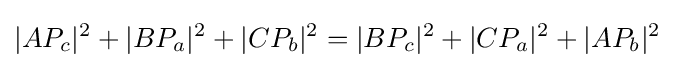
|AP_{c}|^{2}+|BP_{a}|^{2}+|CP_{b}|^{2}=|BP_{c}|^{2}+|CP_{a}|^{2}+|AP_{b}|^{2}